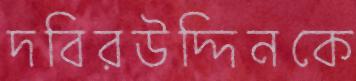
দবিরউদ্দিনকে